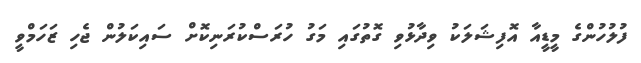
ފުލުހުންގެ މީޑީއާ އޮފިޝަލަކު ވިދާޅުވި ގޮތުގައި މަގު ހުރަސްކުރަނިކޮށް ސައިކަލުން ޖެހި ޒަހަމްވީ